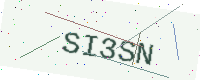
Text: SI3SN